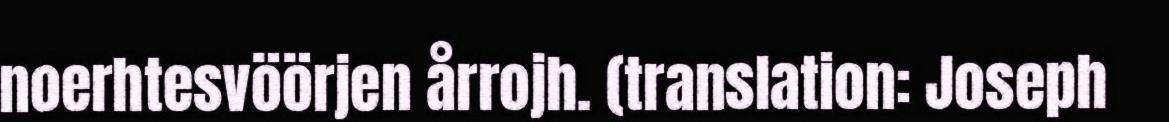
noerhtesvöörjen årrojh. (translation: Joseph